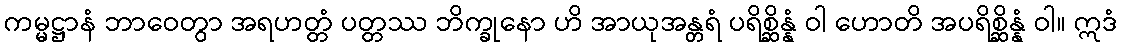
ကမ္မဋ္ဌာနံ ဘာဝေတွာ အရဟတ္တံ ပတ္တဿ ဘိက္ခုနော ဟိ အာယုအန္တရံ ပရိစ္ဆိန္နံ ဝါ ဟောတိ အပရိစ္ဆိန္နံ ဝါ။ ဣဒံ